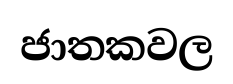
ජාතකවල